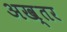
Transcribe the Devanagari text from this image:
अख्‍तर